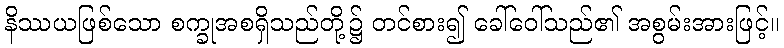
နိဿယဖြစ်သော စက္ခုအစရှိသည်တို့၌ တင်စား၍ ခေါ်ဝေါ်သည်၏ အစွမ်းအားဖြင့်။